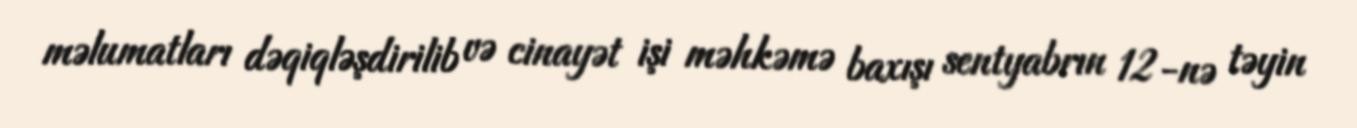
məlumatları dəqiqləşdirilib və cinayət işi məhkəmə baxışı sentyabrın 12-nə təyin